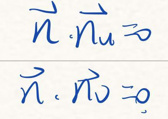
\(\vec{n} \cdot \vec{n} u = 0\)

\(\vec{n} \cdot \vec{n} v = 0\)